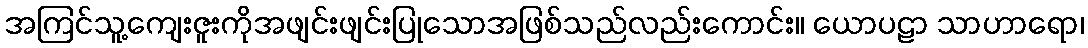
အကြင်သူ့ကျေးဇူးကိုအဖျင်းဖျင်းပြုသောအဖြစ်သည်လည်းကောင်း။ ယောပဠာ သာဟာရော၊